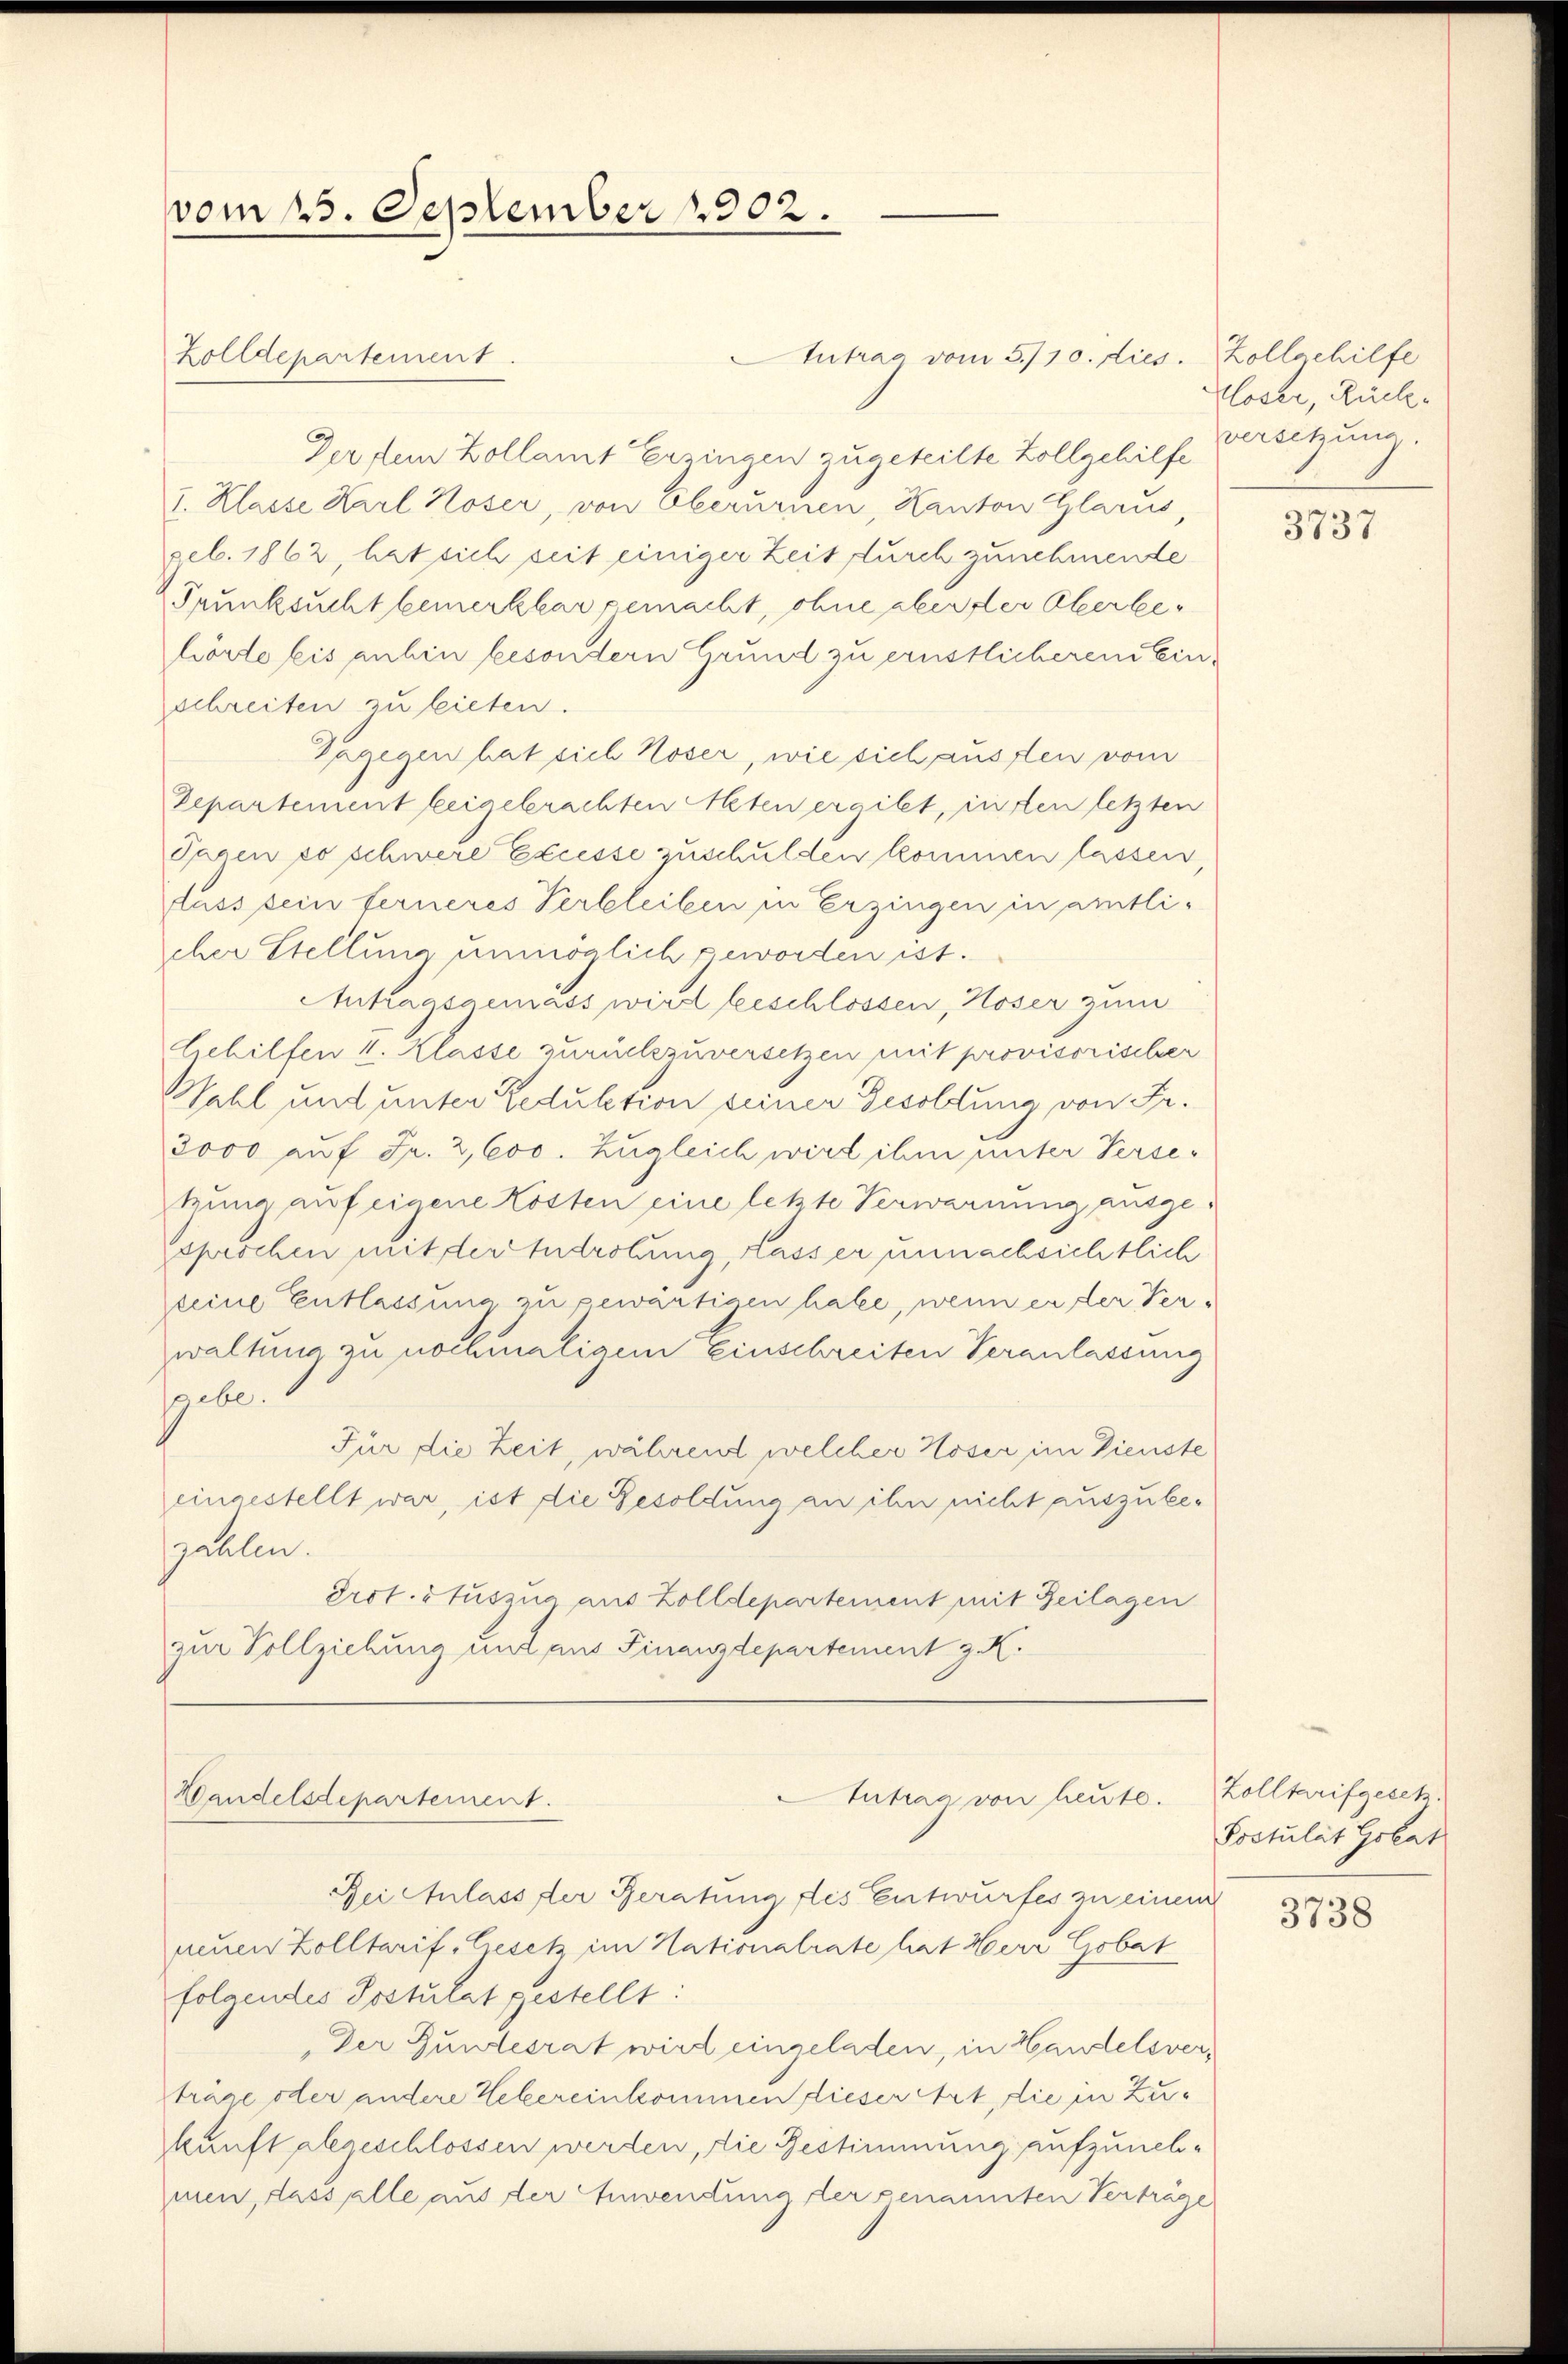
vom 25. September 1902.

Intrag vom 5./10. dies. Zollochilfe
Der dem Kollamt Erzingen zugeteilte Zollgehilfe
I. Klasse Karl Hoser, von Oberurnen, Kanton Glarus
geb. 1862, hat sich seit einiger Zeit durch zunehmende
Trunksucht bemerkbar gemacht, ohne aber der Oberbehörte bis anhin besondern Grund zu ernstlicheren Einschreiten zu bieten.
Dagegen hat sich Hoser, wie sich aussten vom
Departement beigebrachten Alten ergibt, inten letzten
Paren so schwere Excesse zuschulden kommen lassen,
dass sein ferneres Verbleiben in Erzingen in amtli-
cher Stellung unmöglich geworden ist.
Antragsgemass wird beschlossen, Hoser zum
Gehilfen 4. Klasse zurückzuversetzen mit provisorischer
Hahl und unter Reduktion seiner Gesoldung von Fr.
3000 auf Fr. 2, 600. Zugleich wird ihm unter Versetzung auf einene Kosten eine letzte Verwarnung ausgesprochen mit der Androhung, Kasser unnachsichtlich
seine Entlassung zu gewärtigen habe, wenn er der Verwaltung zu nochmaligem Einschreiten Veranlassung
sgebe.
Für die Zeit, während welcher Hoser im Dienste
eingestellt war, ist die Besoldung an ihn nicht auszubeszahlen.
drot. Stuszug aus Zolldepartement mit Zeilagen
zur Vollziehung und aus Finanzdepartement z. K.
Tutrag von heute. Zolltarifgesetz.
Wandelsdepartement.
Bei Anlass der Beratung des Entwurfes zu einem
neuen Zolltarif-Gesetz im Nationalrate hat Herr Gobat
folgendes Postulat gestellt:
Der Bundesrat wird eingeladen, in Handelsverträge oder andere Webereinkommen dieser Art, die in Zukunft abgeschlossen werden, die Bestimmung aufzuneh-
men, dass alle aus der Anwendung der genannten Vertrage

Zolldepartement.

Kloser, Rückversetzung.

3737

Postulat Golat

3738